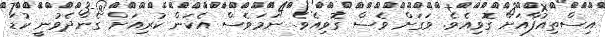
އިސްތިއުފާއަށް ގޮވިއެވެ. ވަގަށް ވެސް ގޮވިއެވެ. ނަމަވެސް އެކަން ކުރިއަށް ގެންދެވުނީ ކުޑަ